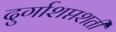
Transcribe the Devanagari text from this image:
दुर्गाशप्तशती